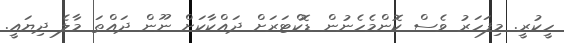
ހީކުރީ. މިފަހަރު ވެސް ކޮންމެހެނުން ޑޮކްޓަރަށް ދައްކާކަށް ނޫން ދައްތަ މާލެ ދިޔައީ.